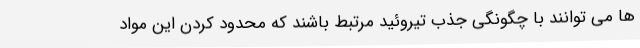
ها می توانند با چگونگی جذب تیروئید مرتبط باشند که محدود کردن این مواد